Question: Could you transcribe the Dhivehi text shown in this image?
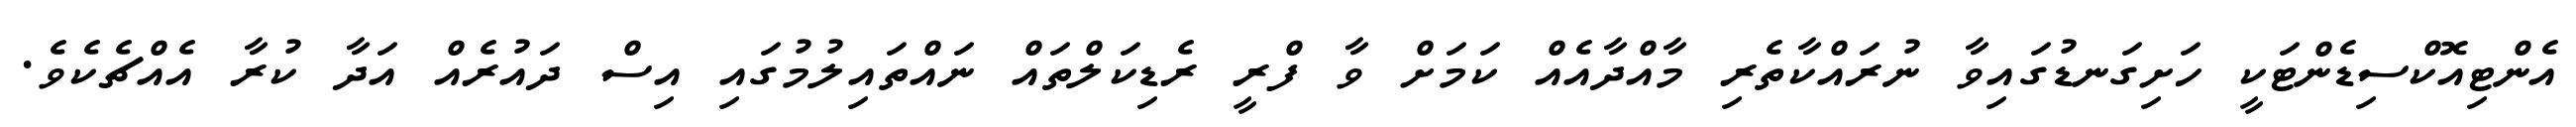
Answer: އެންޓިއޮކްސިޑެންޓަކީ ހަށިގަނޑުގައިވާ ނުރައްކާތެރި މާއްދާއެއް ކަމަށް ވާ ފްރީ ރެޑިކަލްތައް ނައްތައިލުމުގައި އިސް ދައުރެއް އަދާ ކުރާ އެއްޗެކެވެ.